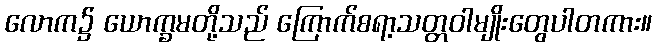
လောက၌ ယောက္ခမတို့သည် ကြောက်စရာ့သတ္တဝါမျိုးတွေပါတကား။